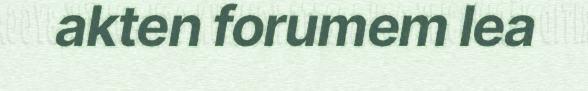
akten forumem lea